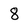
Character: 8